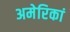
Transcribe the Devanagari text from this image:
अमेरिकां